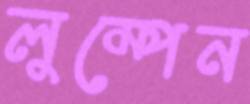
লুম্পেন